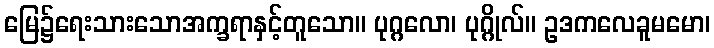
မြေ၌ရေးသားသောအက္ခရာနှင့်တူသော။ ပုဂ္ဂလော၊ ပုဂ္ဂိုလ်။ ဥဒကလေခူမမော၊